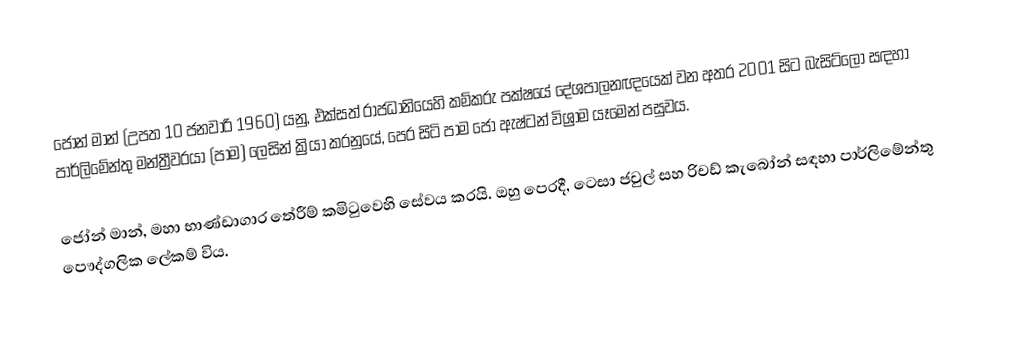
ජෝන් මාන් (උපත 10 ජනවාරි 1960) යනු,  එක්සත් රාජධානියෙහි  කම්කරු පක්ෂයේ දේශපාලනඥයෙක් වන අතර 2001 සිට බැසිට්ලෝ සඳහා පාර්ලිමේන්තු මන්ත්‍රීවරයා (පාම) ලෙසින් ක්‍රියා කරනුයේ, පෙර සිටි පාම ජෝ ඇෂ්ටන් විශ්‍රාම යෑමෙන් පසුවය.

ජෝන් මාන්,   මහා භාණ්ඩාගාර තේරීම් කමිටුවෙහි සේවය කරයි. ඔහු පෙරදී,  ටෙසා ජවුල් සහ රිචඩ් කැබෝන් සඳහා පාර්ලිමේන්තු පෞද්ගලික ලේකම් විය.